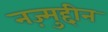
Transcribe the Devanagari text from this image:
नज़्मुद्दीन